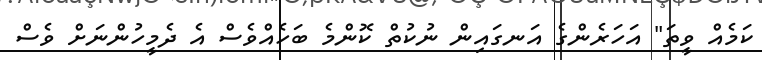
ކަމެއް ވީތަ" އަހަރެންގެ އަނގައިން ނުކުތް ކޮންމެ ބަހެއްވެސް އެ ދެމީހުންނަށް ވެސް